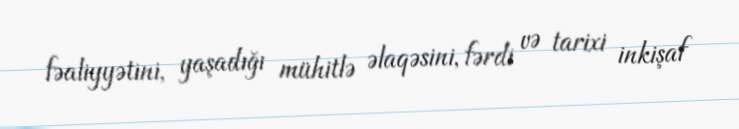
fəaliyyətini, yaşadığı mühitlə əlaqəsini, fərdi və tarixi inkişaf